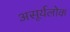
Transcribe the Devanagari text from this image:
असूर्यलोक